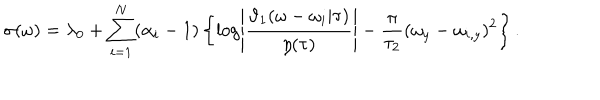
LaTeX: \sigma ( \omega ) = \lambda _ { 0 } + \sum _ { i = 1 } ^ { N } ( \alpha _ { i } - 1 ) \left\{ \log \left| \frac { \vartheta _ { 1 } ( \omega - \omega _ { i } | \tau ) } { \eta ( \tau ) } \right| - \frac { \pi } { \tau _ { 2 } } ( \omega _ { y } - \omega _ { i , y } ) ^ { 2 } \right\} .